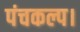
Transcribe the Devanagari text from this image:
पंचकल्प।